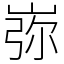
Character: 㟜